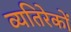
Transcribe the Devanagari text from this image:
व्यतिरेकों